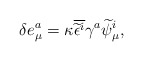
\begin{align*}\delta e_\mu ^a=\kappa\overline{\widetilde{\epsilon}^i}\gamma^a\widetilde\psi_\mu^i ,\end{align*}